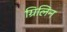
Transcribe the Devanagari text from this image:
ग्रिलिन